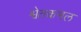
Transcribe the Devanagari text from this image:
श्वेतकमल